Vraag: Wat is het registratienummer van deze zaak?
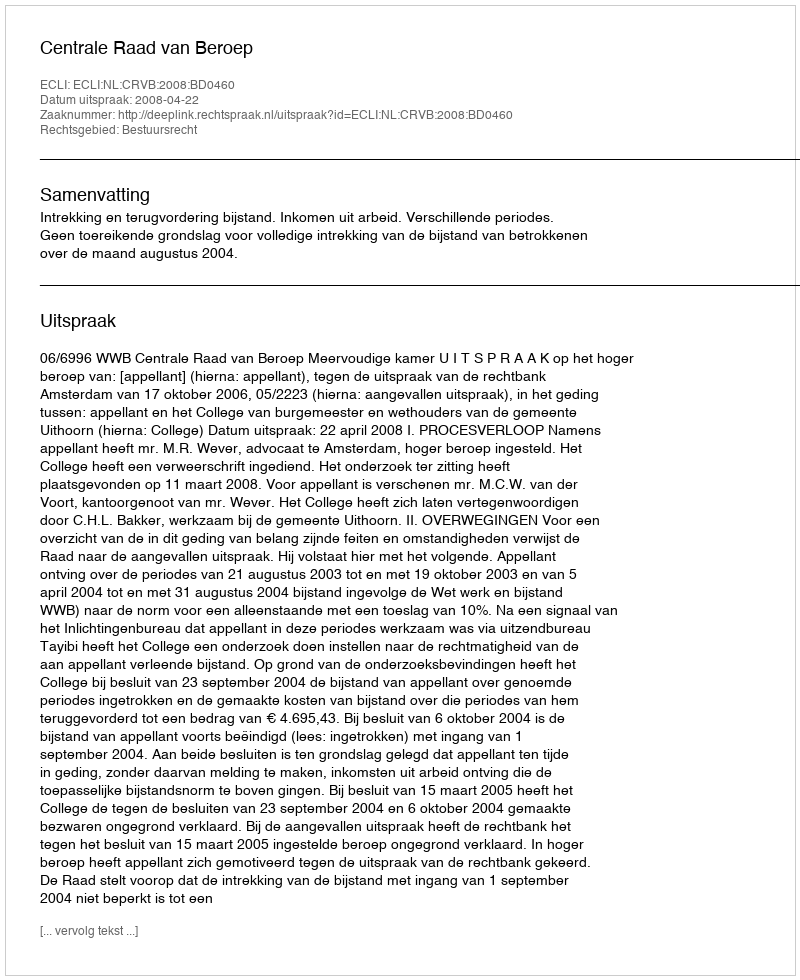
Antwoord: http://deeplink.rechtspraak.nl/uitspraak?id=ECLI:NL:CRVB:2008:BD0460